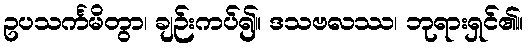
ဥပသင်္ကမိတွာ၊ ချဉ်းကပ်၍။ ဒသဗလဿ၊ ဘုရားရှင်၏။